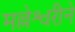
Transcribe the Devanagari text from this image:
मल्लेश्वरीने